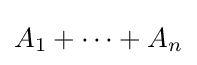
A_{1}+\cdots +A_{n}